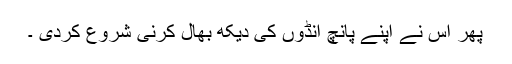
پھر اس نے اپنے پانچ انڈوں کی دیکھ بھال کرنی شروع کردی ۔